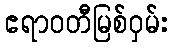
ဧရာဝတီမြစ်ဝှမ်း